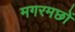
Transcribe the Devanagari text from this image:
मगरमछों